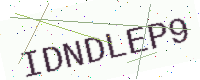
Text: IDNDLEP9